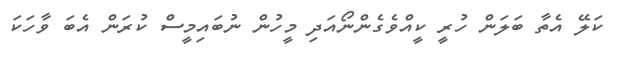
ކަލޭ އެތާ ބަލަން ހުރީ ކީއްވެގެންނޯއަދި މީހުން ނުބައިމީސް ކުރަން އެބަ ވާހަކަ